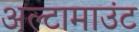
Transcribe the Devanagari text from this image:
अल्टामाउंट